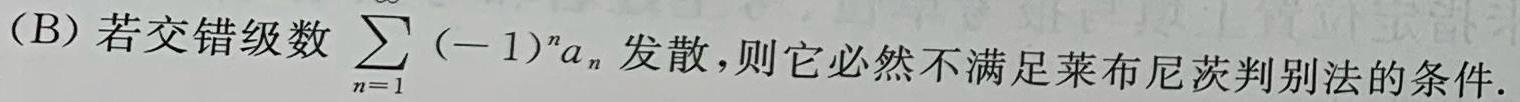
(B) 若交错级数 $\sum_{n = 1}^{\infty} (-1)^{n}a_{n}$ 发散，则它必然不满足莱布尼茨判别法的条件.